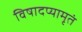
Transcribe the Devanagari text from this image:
विषादप्यामृतं